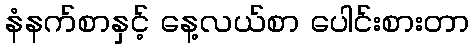
နံနက်စာနှင့် နေ့လယ်စာ ပေါင်းစားတာ